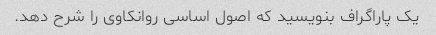
یک پاراگراف بنویسید که اصول اساسی روانکاوی را شرح دهد.